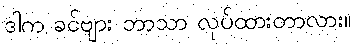
ဒါက ခင်ဗျား ဘာသာ လုပ်ထားတာလား။